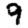
Digit: 9